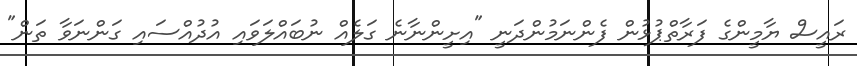
ރައީސް ޔާމީންގެ ފަރާތްޕުޅުން ފެންނަމުންދަނީ "އިށީންނާނެ ގަލެއް ނުބައްލަވައި އުދުއްސައި ގަންނަވާ ތަން"